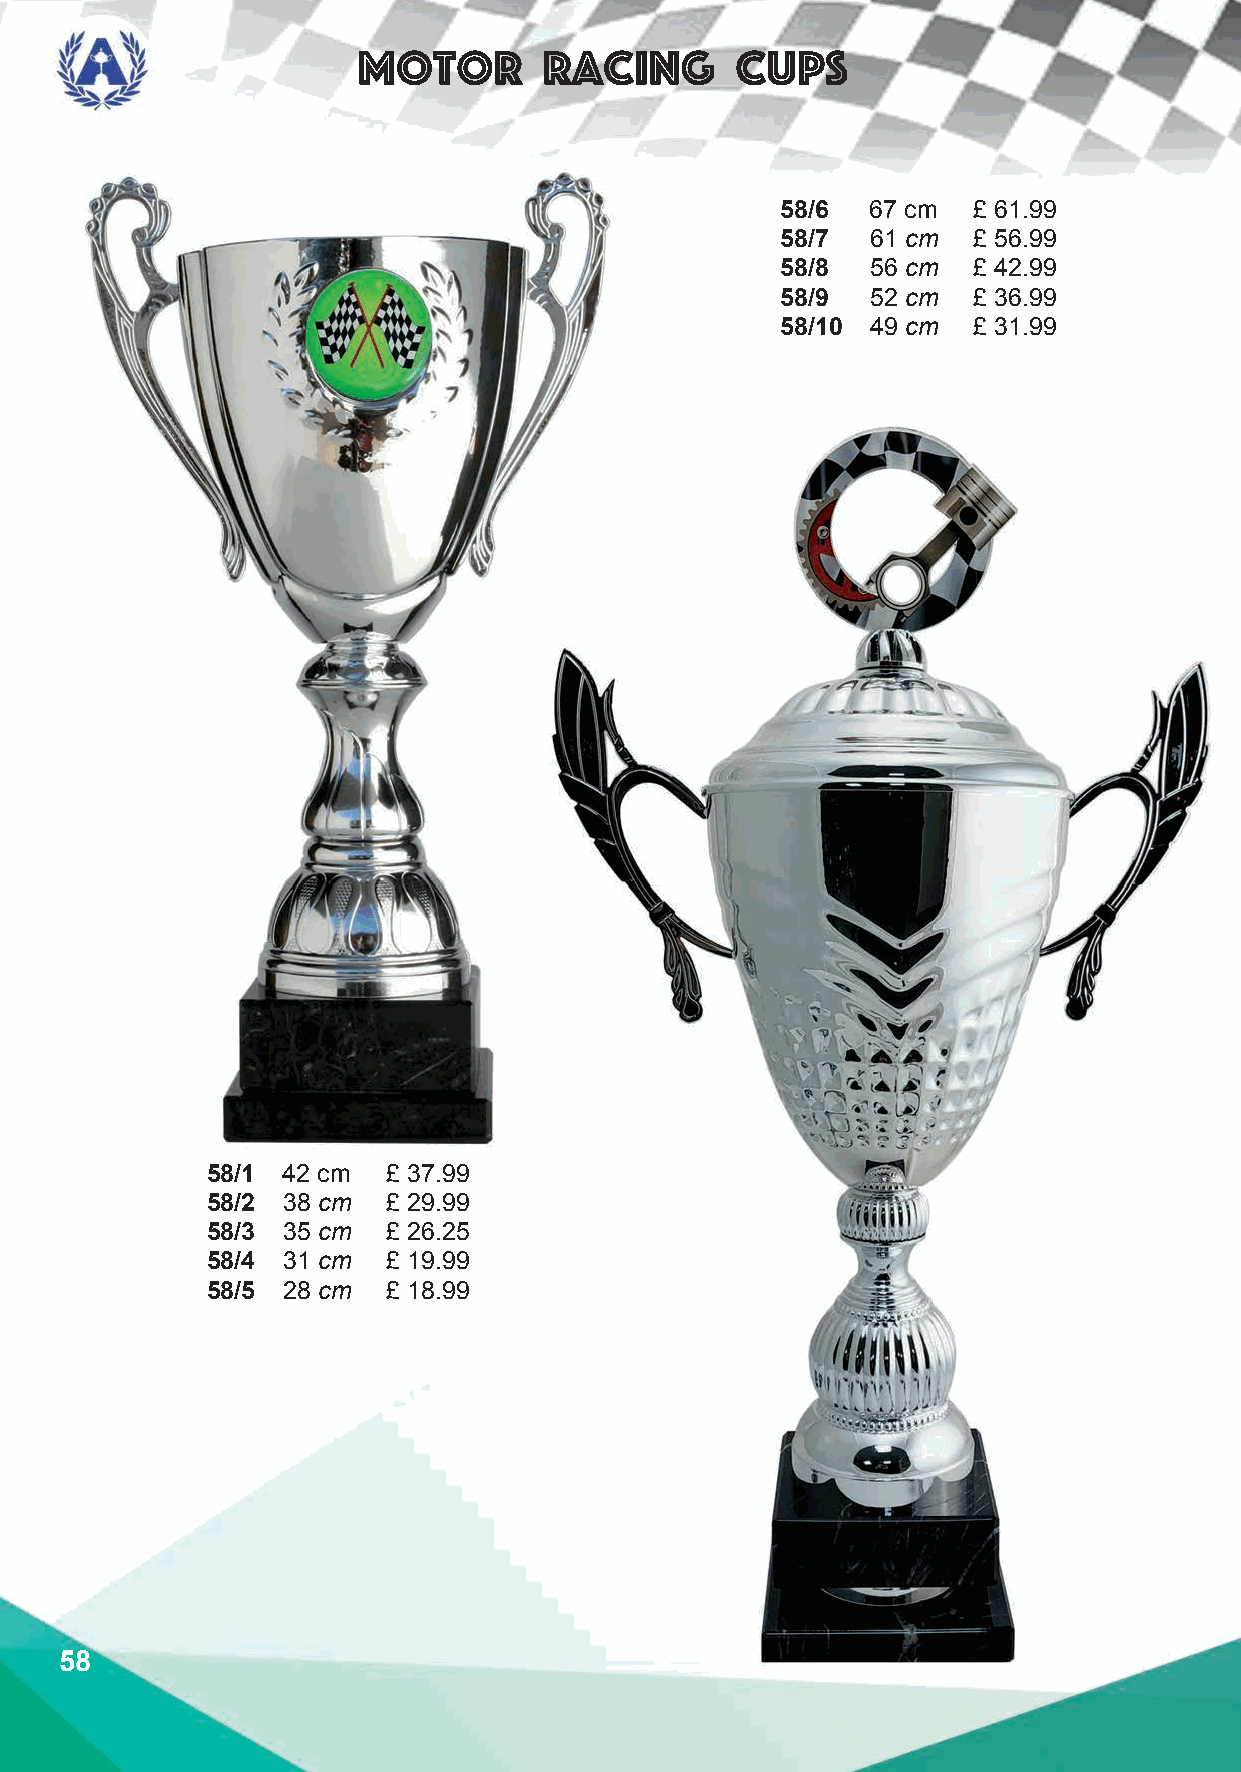
Motor       Racing       cups
 58/6  67 cm £ 61.99
 58/7  61 cm £ 56.99
 58/8  56 cm £ 42.99
 58/9  52 cm £ 36.99
 58/10 49 cm £ 31.99
 58/1 42 cm  £ 37.99
 58/2 38 cm  £ 29.99
 58/3 35 cm  £ 26.25
 58/4 31 cm  £ 19.99
 58/5 28 cm  £ 18.99
 58